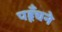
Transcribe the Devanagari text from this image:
पहूँचने